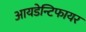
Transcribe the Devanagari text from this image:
आयडेन्टिफायर